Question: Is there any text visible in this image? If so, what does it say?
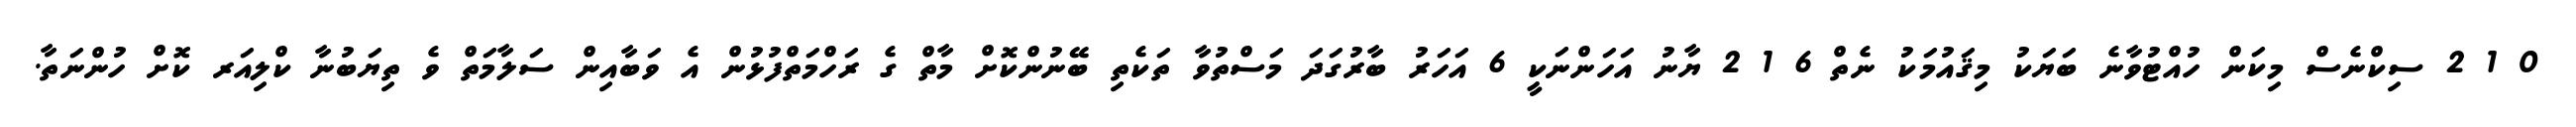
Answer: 0 1 2 ސިކްނެސް މިކަން ހުއްޓުވާނެ ބަޔަކު މިޤައުމަކު ނެތް 6 1 2 ޔާނު އަހަންނަކީ 6 އަހަރު ބާރުގަދަ މަސްތުވާ ތަކެތި ބޭނުންކޮށް މާތް ގެ ރަހްމަތްފުޅުން އެ ވަބާއިން ސަލާމަތް ވެ ތިޔަބުނާ ކްލިއަރ ކޮށް ހުންނަތާ.